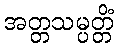
အတ္တသမ္ပတ္တိံ